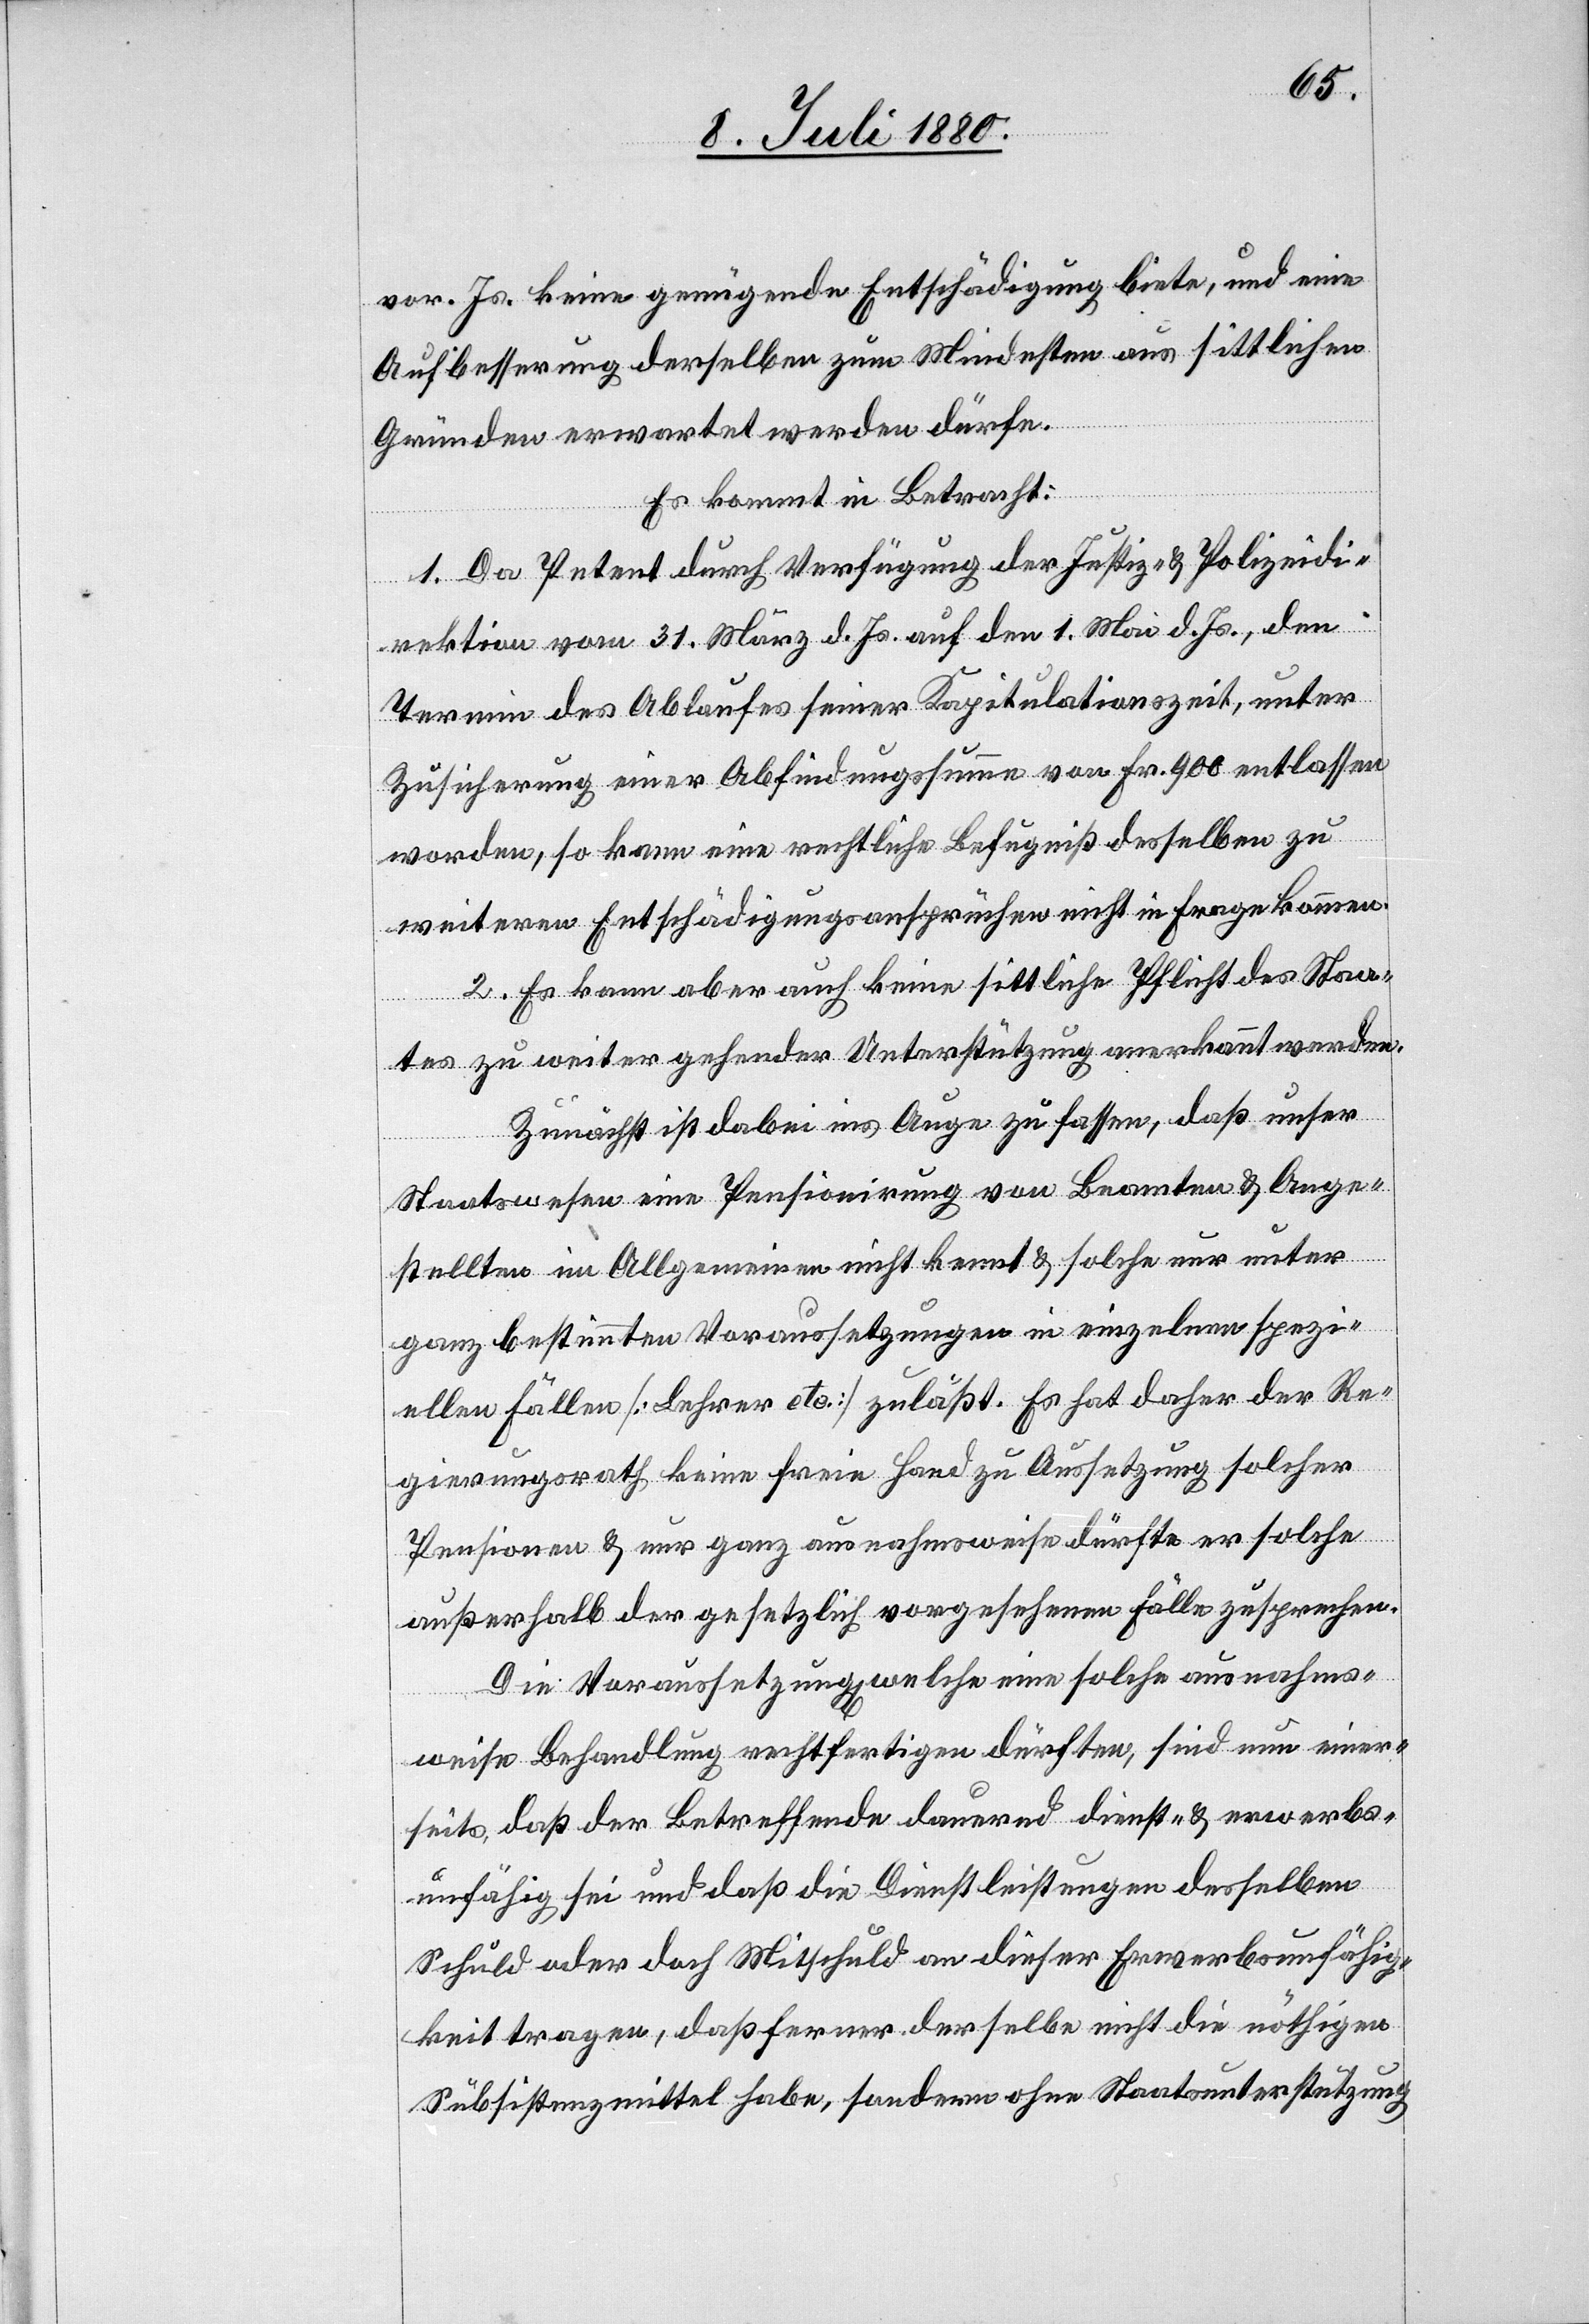
vor. Js. keine genügende Entschädigung biete, und eine
Aufbesserung derselben zum Mindesten aus sittlichen
Gründen erwartet werden dürfe.
Es kommt in Betracht:
1. Da Petent durch Verfügung der Justiz- & Polizeidi¬
rektion vom 31. März d. Js. auf den 1. Mai d. Js., den
Termin des Ablaufes seiner Kapitulationszeit, unter
Zusicherung einer Abfindungssumme von Fr. 900 entlassen
worden, so kann eine rechtliche Befugniß desselben zu
weiteren Entschädigungsansprüchen nicht in Frage kommen.
2. Es kann aber auch keine sittliche Pflicht des Staa¬
tes zu weiter gehender Unterstützung anerkannt werden.
Zunächst ist dabei ins Auge zu fassen, daß unser
Staatswesen eine Pensionirung von Beamten & Ange¬
stellten im Allgemeinen nicht kennt & solche nur unter
ganz bestimmten Voraussetzungen in einzelnen spezi¬
ellen Fällen [Lehrer etc.] zuläßt. Es hat daher der Re¬
gierungsrath keine freie Hand zu Aussetzung solcher
Pensionen & nur ganz ausnahmsweise dürfte er solche
außerhalb der gesetzlich vorgesehenen Fälle zusprechen.
Die Voraussetzung[en] welche eine solche ausnahms¬
weise Behandlung rechtfertigen dürften, sind nun einer¬
seits, daß der Betreffende dauernd dienst- & erwerbs¬
unfähig sei und daß die Dienstleistungen desselben
Schuld oder doch Mitschuld an dieser Erwerbsunfähig¬
keit tragen, daß ferner derselbe nicht die nöthigen
Subsistenzmittel habe, sondern ohne Staatsunterstützung